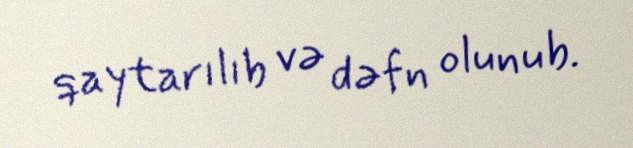
qaytarılıb və dəfn olunub.